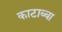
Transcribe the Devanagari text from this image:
काटाब्बा